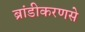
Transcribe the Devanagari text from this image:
ब्रांडीकरणसे